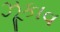
ઝૂકાવ